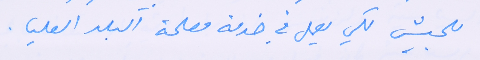
للجيش لكي يعمل في خدمة مصلحة البلد العليا.